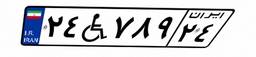
۷۶W۹۶۲۰۲